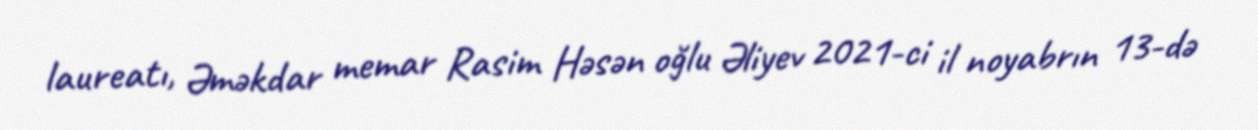
laureatı, Əməkdar memar Rasim Həsən oğlu Əliyev 2021-ci il noyabrın 13-də